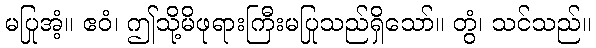
မပြုအံ့။ ဧဝံ၊ ဤသို့မိဖုရားကြီးမပြုသည်ရှိသော်။ တွံ၊ သင်သည်။